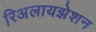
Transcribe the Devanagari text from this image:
रिअलायझेशन